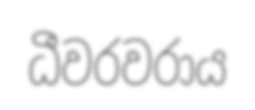
ධීවරවරාය